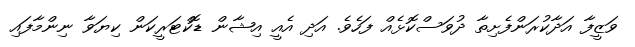
ވަޒީފާ އަދާކުރަންފެށިތާ ދުވަސްކޮޅެއް ފަހެވެ. އަދި އެއީ އިޝާން ޑޮކްޓަރީކަން ކިޔަވާ ނިންމާފައި